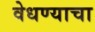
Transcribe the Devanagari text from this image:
वेधण्याचा